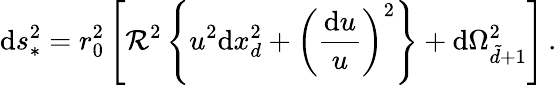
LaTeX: \mathrm{d}s_{*}^{2}=r_{0}^{2}\left[\mathcal{R}^{2}\left\{ u^{2}\mathrm{d}x_{d}^{2}+\left({\frac{\mathrm{d}u}{u}}\right)^{2}\right\} +\mathrm{d}\Omega_{\tilde{d}+1}^{2}\right]\, .